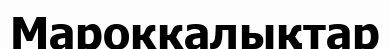
Мароккалықтар